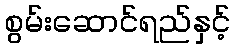
စွမ်းဆောင်ရည်နှင့်